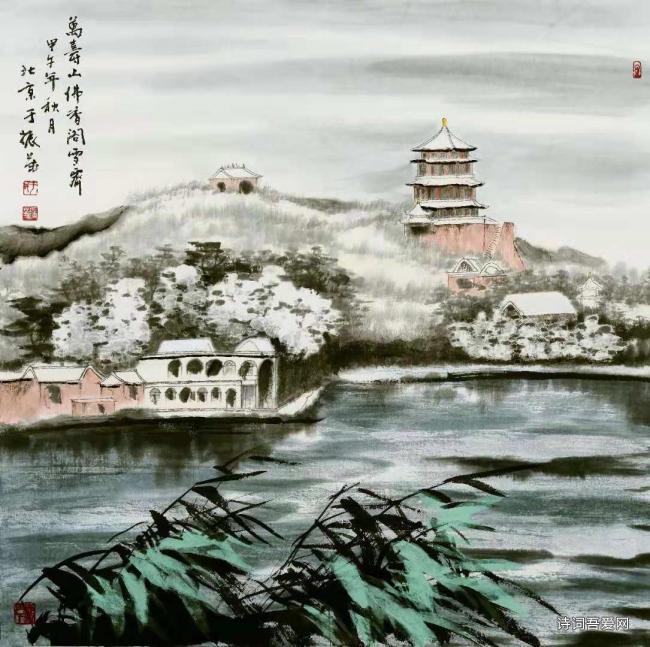
路出大梁城，关河开晓晴。